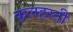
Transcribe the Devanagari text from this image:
कलहस्ती